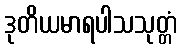
ဒုတိယမာရပါသသုတ္တံ